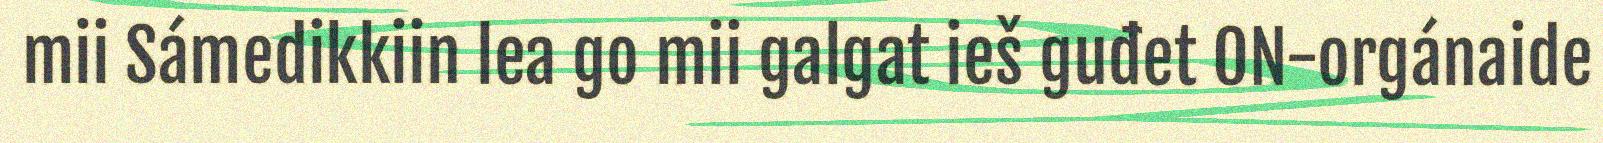
mii Sámedikkiin lea go mii galgat ieš guđet ON-orgánaide